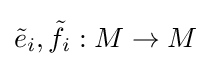
{\tilde {e}}_{i},{\tilde {f}}_{i}:M\to M